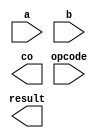
`timescale 1ns / 1ps

module alu(
    input [7:0] a,
    input [7:0] b,
    input [2:0] opcode,
    output [7:0] result,
    output co
);

    // write your code here

endmodule